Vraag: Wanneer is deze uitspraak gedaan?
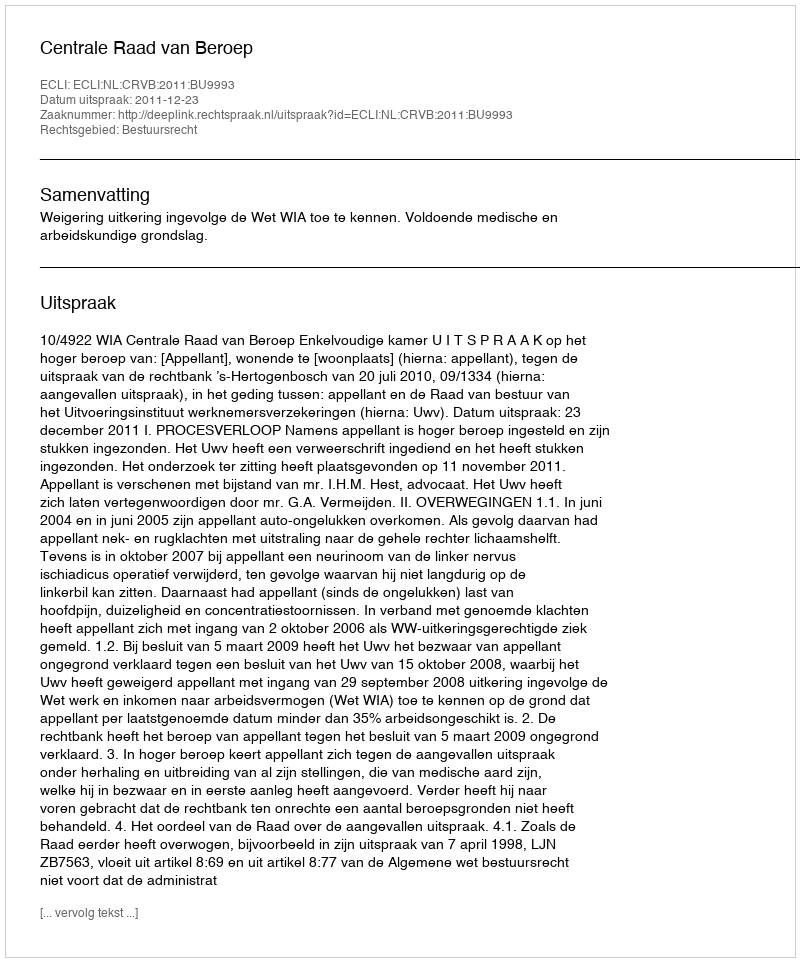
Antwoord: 2011-12-23